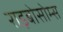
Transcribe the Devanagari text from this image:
राइबोसोम्स